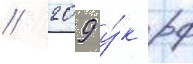
// 209 у́к рф